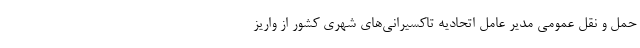
حمل و نقل عمومی مدیر عامل اتحادیه تاکسیرانی‌های شهری کشور از واریز